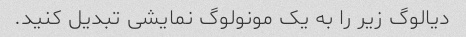
دیالوگ زیر را به یک مونولوگ نمایشی تبدیل کنید.